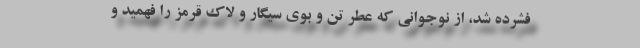
فشرده شد، از نوجوانی که عطر تن و بوی سیگار و لاک قرمز را فهمید و